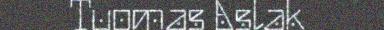
Tuomas Aslak